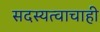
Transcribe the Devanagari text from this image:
सदस्यत्वाचाही